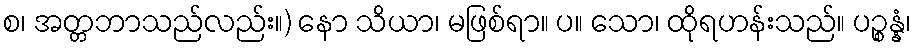
စ၊ အတ္တဘာသည်လည်း။) နော သိယာ၊ မဖြစ်ရာ။ ပ။ သော၊ ထိုရဟန်းသည်။ ပဉ္စန္နံ၊